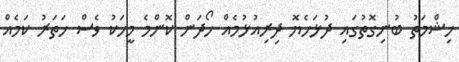
ހިޝްމަތު ބުނިގޮތުގައި ދުޅަހެޔޮ ދިރިއުޅުމެއް ހޯދަން ކޮންމެ މީހަކު ވެސް ހަތަރު ކަމެއް